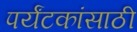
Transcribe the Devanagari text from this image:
पर्यंटकांसाठी